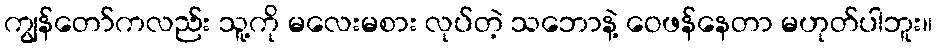
ကျွန်တော်ကလည်း သူ့ကို မလေးမစား လုပ်တဲ့ သဘောနဲ့ ဝေဖန်နေတာ မဟုတ်ပါဘူး။